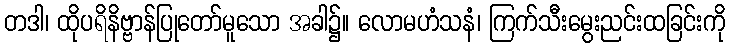
တဒါ၊ ထိုပရိနိဗ္ဗာန်ပြုတော်မူသော အခါ၌။ လောမဟံသနံ၊ ကြက်သီးမွေးညင်းထခြင်းကို